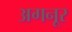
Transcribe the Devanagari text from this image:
अगनूर